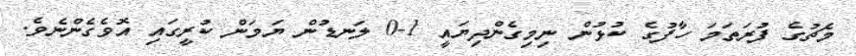
މެޗުގެ ފުރަތަމަ ހާފުގެ ކުޅުން ނިމިގެންދިޔައީ 1-0 ލަނޑުން ޔަމަން ކުރީގައި އޮވެގެންނެވެ.